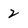
Character: 2